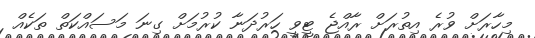
މިހާރަށް ވުރެ އިތުރަށް ރާއްޖެ ޓީވީ ހަރުދަނާ ކުރުމަށް ގިނަ މަސައްކަތް ތަކެއް